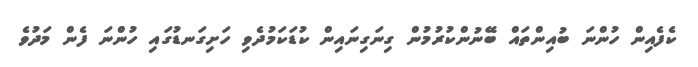
ކެފެއިން ހުންނަ ބުއިންތައް ބޭނުންކުރުމުން ގިނަގިނައިން ކުޑަކަމުދެވި ހަށިގަނޑުގައި ހުންނަ ފެން މަދުވެ